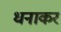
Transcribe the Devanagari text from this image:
धनाकर